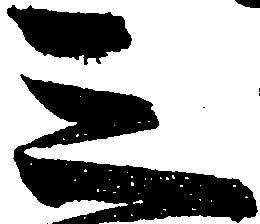
三